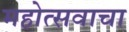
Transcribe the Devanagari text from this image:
महोत्सवाचा